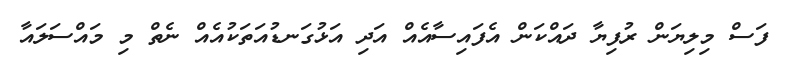
ފަސް މިލިޔަން ރުފިޔާ ދައްކަން އެފައިސާއެއް އަދި އަޅުގަނޑުއަތަކުއެއް ނެތް މި މައްސަލައާ